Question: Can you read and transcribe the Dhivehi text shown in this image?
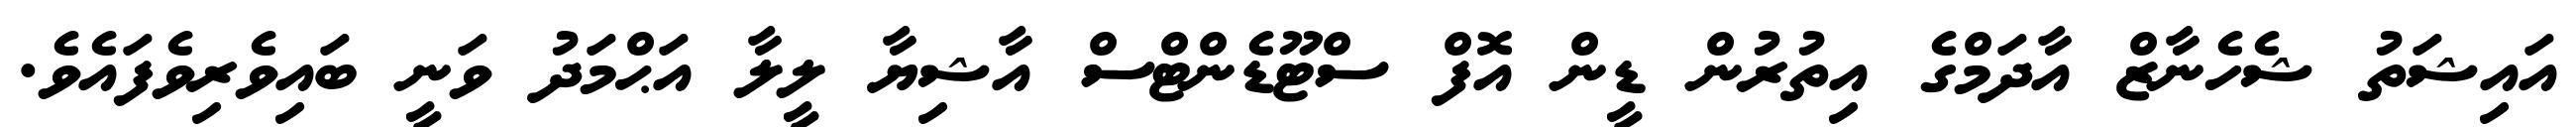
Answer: އައިޝަތު ޝެހެނާޒް އާދަމްގެ އިތުރުން ޑީން އޮފް ސްޓޫޑެންޓްސް އާޝިޔާ ލީލާ އަޙްމަދު ވަނީ ބައިވެރިވެފައެވެ.